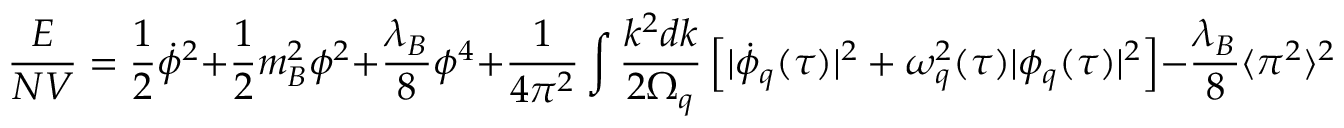
\frac { E } { N V } = \frac { 1 } { 2 } \dot { \phi } ^ { 2 } + \frac { 1 } { 2 } m _ { B } ^ { 2 } \phi ^ { 2 } + \frac { \lambda _ { B } } { 8 } \phi ^ { 4 } + \frac { 1 } { 4 \pi ^ { 2 } } \int \frac { k ^ { 2 } d k } { 2 \Omega _ { q } } \left[ | \dot { \phi } _ { q } ( \tau ) | ^ { 2 } + \omega _ { q } ^ { 2 } ( \tau ) | \phi _ { q } ( \tau ) | ^ { 2 } \right] - \frac { \lambda _ { B } } { 8 } \langle \pi ^ { 2 } \rangle ^ { 2 } .